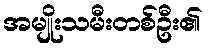
အမျိုးသမီးတစ်ဦး၏